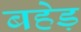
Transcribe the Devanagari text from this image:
बहेड़